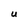
Character: U